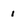
Character: 1